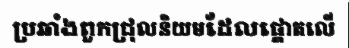
ប្រឆាំងពួកជ្រុលនិយមដែលផ្តោតលើ